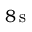
8 \, \mathrm { s }